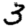
Digit: 3